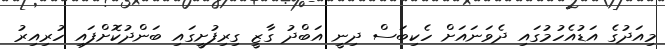
މިއަދުގެ އަޑުއެހުމުގައި ދެވަނައަށް ހެކިބަސް ދިނީ އަބްދު ގާޒީ ގިރިފުށީގައި ބަންދުކޮށްފައި ހުރިއިރު